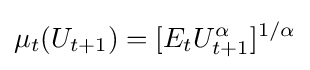
\mu _{t}(U_{t+1})=[E_{t}U_{t+1}^{\alpha }]^{1/\alpha }